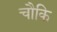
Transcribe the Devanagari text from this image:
चौकि